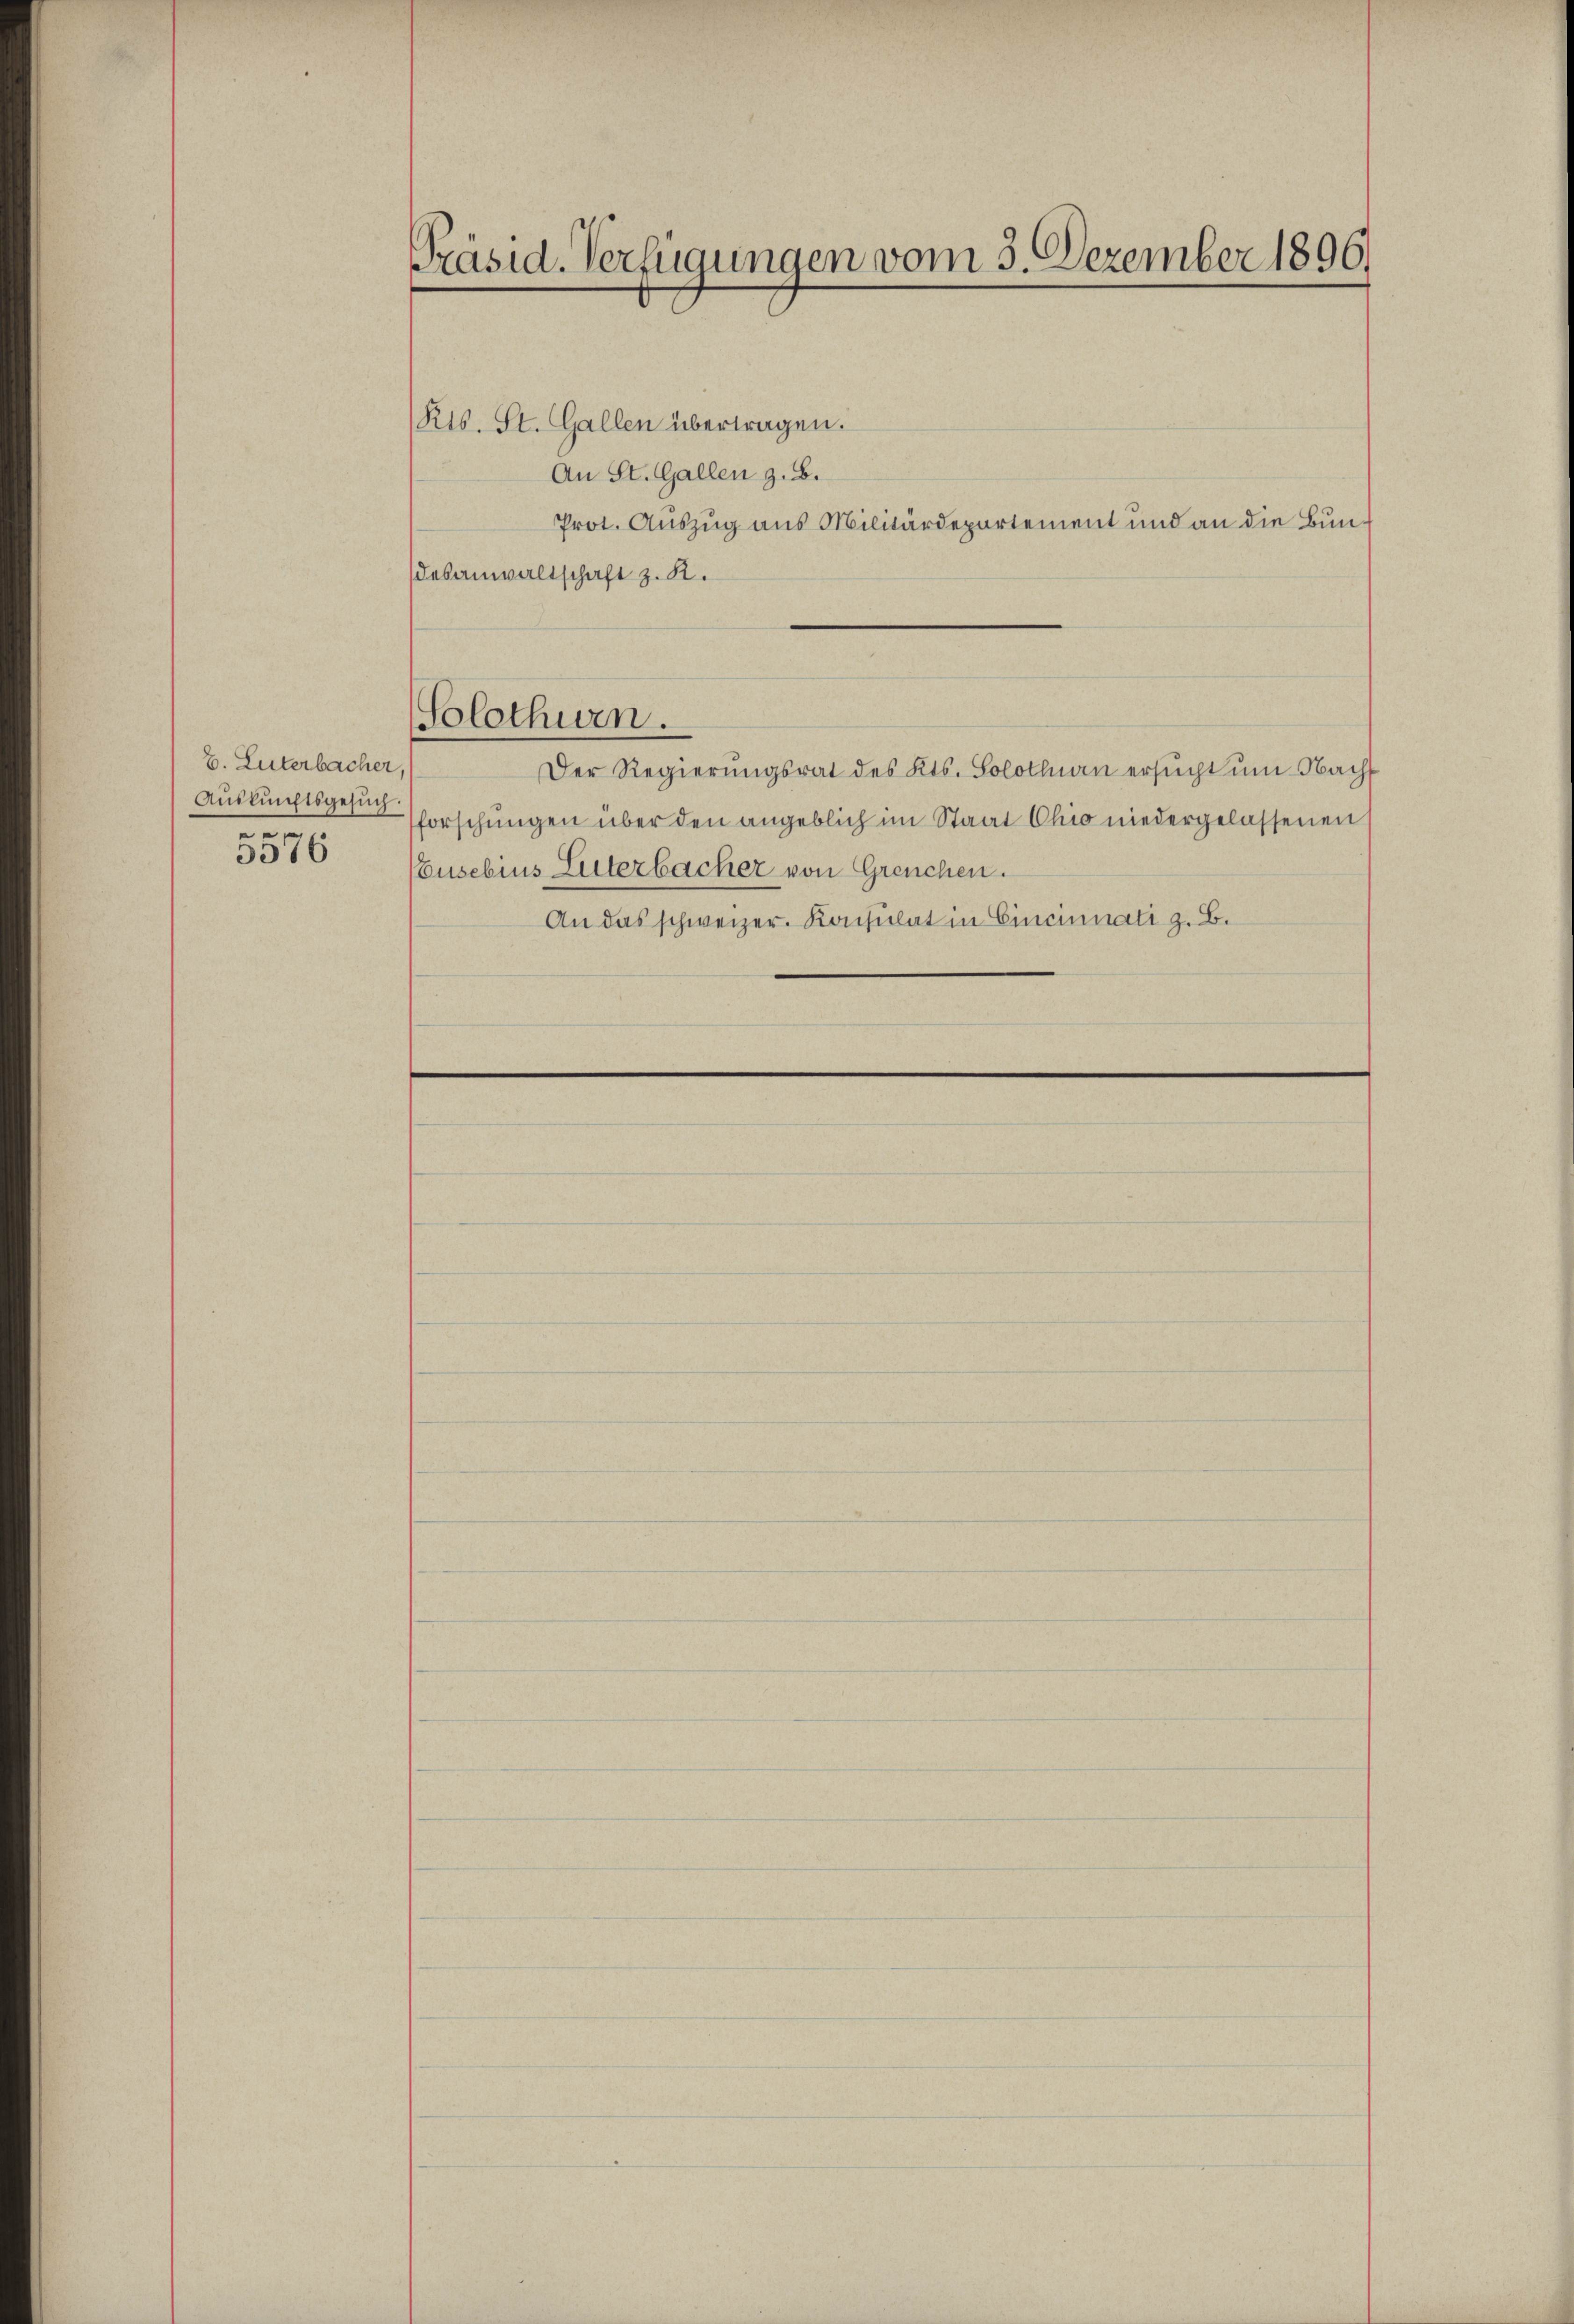
E. Luterbacher
Auskunftsgesuch.
e
3076

Präsid. Verfügungen vom 3. Dezember 1896.

Rts. St. Gallen übertragen.
An St. Gallen z. B.
Prot. Auszug aus Militärdepartement und an die Bundesanwaltschaft z. R.
Solothurn.
Der Regierŭngsrat des Kts. Solothurn ersŭcht ŭm Nach
forschŭngen über den angeblich im Staat Chio niedergelassenen
usebins Literbacher von Greuchen.
An das schweizer. Konsulat in Cincinnati z. B.